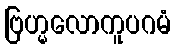
ဗြဟ္မလောကူပဂမံ